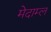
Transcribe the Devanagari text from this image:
मेदाम्ल